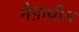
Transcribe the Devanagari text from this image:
नैफ़थीन